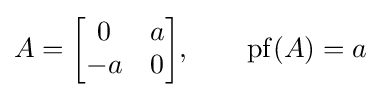
A={\begin{bmatrix}0&a\\-a&0\end{bmatrix}},\qquad \operatorname {pf} (A)=a